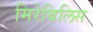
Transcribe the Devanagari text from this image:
मिरेबिलिस